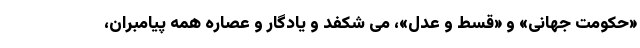
«حکومت جهانی» و «قسط و عدل»، می شکفد و یادگار و عصاره همه پیامبران،